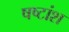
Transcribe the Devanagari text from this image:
षष्टांश